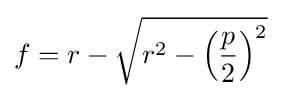
f=r-{\sqrt {r^{2}-\left({p \over 2}\right)^{2}}}